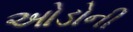
ઓડોની